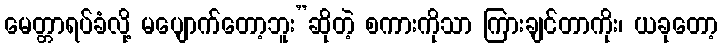
မေတ္တာရပ်ခံလို့ မပျောက်တော့ဘူး”ဆိုတဲ့ စကားကိုသာ ကြားချင်တာကိုး၊ ယခုတော့